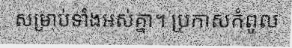
សម្រាប់ទាំងអស់គ្នា។ ប្រកាសកំពូល